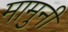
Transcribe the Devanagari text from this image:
मामुनी